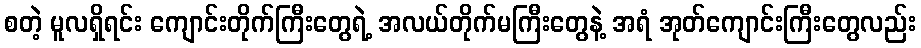
စတဲ့ မူလရှိရင်း ကျောင်းတိုက်ကြီးတွေရဲ့ အလယ်တိုက်မကြီးတွေနဲ့ အရံ အုတ်ကျောင်းကြီးတွေလည်း